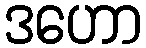
ဒဟော